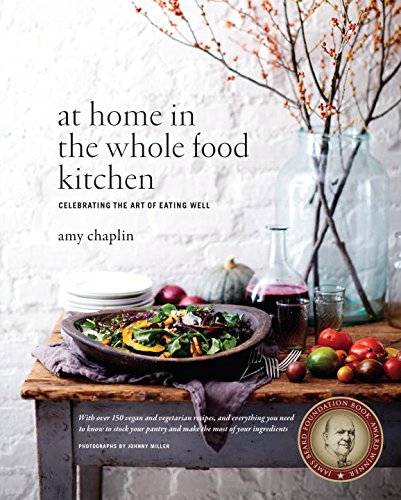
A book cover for At Home in the Whole Food Kitchen: Celebrating the Art of Eating Well; Amy Chaplin; Cookbooks, Food & Wine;